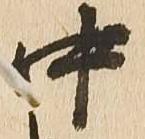
中